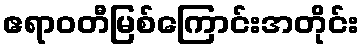
ဧရာဝတီမြစ်ကြောင်းအတိုင်း